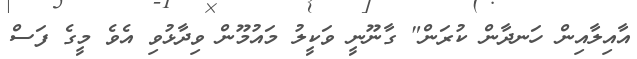
އާއިލާއިން ހަނދާން ކުރަން" ގާނޫނީ ވަކީލު މައުމޫން ވިދާޅުވި އެވެ މީގެ ފަސް